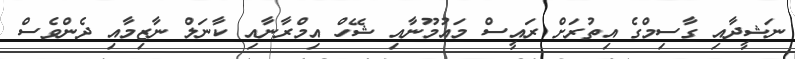
ނަޝީދާއި ގާސިމްގެ އިތުރަށް ރައީސް މައުމޫނާއި ޝޭހް އިމްރާނާއި ކާނަލް ނާޒިމާއި ދެންވެސް